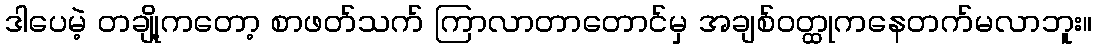
ဒါပေမဲ့ တချို့ကတော့ စာဖတ်သက် ကြာလာတာတောင်မှ အချစ်ဝတ္ထုကနေတက်မလာဘူး။